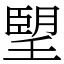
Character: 朢